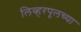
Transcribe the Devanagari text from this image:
लिव्हरपूलच्या